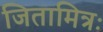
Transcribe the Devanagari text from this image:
जितामित्रः